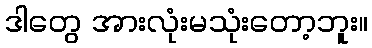
ဒါတွေ အားလုံးမသုံးတော့ဘူး။